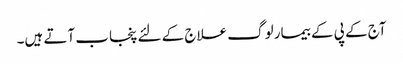
آج کے پی کے بیمار لوگ علاج کے لئے پنجاب آتے ہیں۔